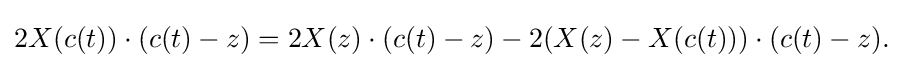
\displaystyle {2X(c(t))\cdot (c(t)-z)=2X(z)\cdot (c(t)-z)-2(X(z)-X(c(t)))\cdot (c(t)-z).}